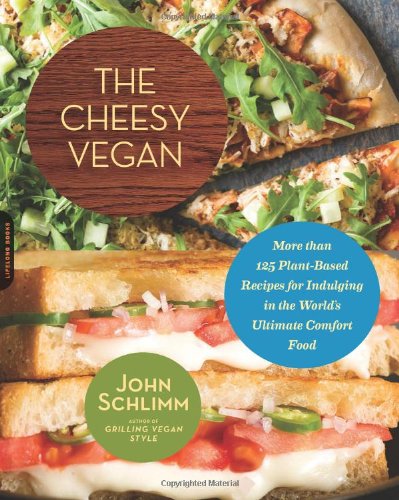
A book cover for The Cheesy Vegan: More Than 125 Plant-Based Recipes for Indulging in the WorldEEs Ultimate Comfort Food; John Schlimm; Cookbooks, Food & Wine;